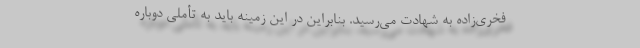
فخری‌زاده به شهادت می‌رسید. بنابراین در این زمینه باید به تأملی دوباره